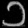
Digit: ၁